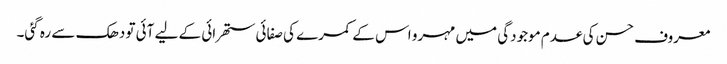
معروف حسن کی عدم موجودگی میں مہرو اس کے کمرے کی صفائی ستھرائی کے لیے آئی تو دھک سے رہ گئی۔